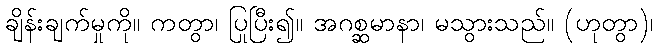
ချိန်းချက်မှုကို။ ကတွာ၊ ပြုပြီး၍။ အဂစ္ဆမာနာ၊ မသွားသည်။ (ဟုတွာ)၊